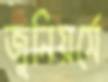
জুনিয়র্সে